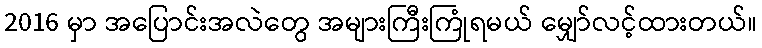
2016 မှာ အပြောင်းအလဲတွေ အများကြီးကြုံရမယ် မျှော်လင့်ထားတယ်။